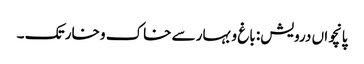
پانچواں درویش: باغ و بہار سے خاک و خار تک ۔